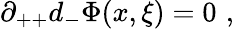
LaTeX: \partial_{++}d_{-}\Phi(x,\xi)=0\, \, ,